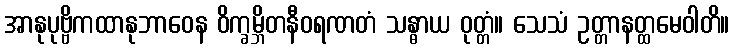
အာနုပုဗ္ဗိကထာနုဘာဝေန ဝိက္ခမ္ဘိတနီဝရဏတံ သန္ဓာယ ဝုတ္တံ။ သေသံ ဥတ္တာနတ္ထမေဝါတိ။